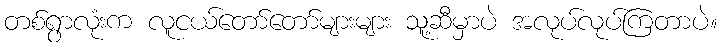
တစ်ရွာလုံးက လူငယ်တော်တော်များများ သူ့ဆီမှာပဲ အလုပ်လုပ်ကြတာပဲ။